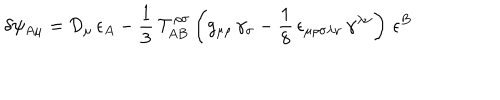
LaTeX: \delta \psi _ { A \mu } = \mathcal { D } _ { \mu } \, \epsilon _ { A } - \frac { 1 } { 3 } \, \mathcal { T } _ { A B } ^ { \rho \sigma } \left( g _ { \mu \rho } \, \gamma _ { \sigma } - \frac { 1 } { 8 } \, \epsilon _ { \mu \rho \sigma \lambda \nu } \, \gamma ^ { \lambda \nu } \right) \, \epsilon ^ { B }